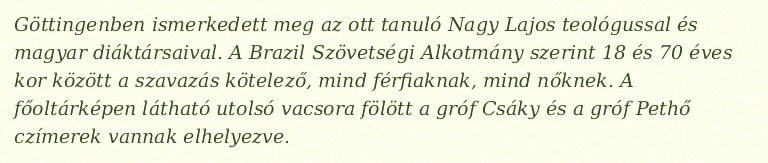
Göttingenben ismerkedett meg az ott tanuló Nagy Lajos teológussal és magyar diáktársaival. A Brazil Szövetségi Alkotmány szerint 18 és 70 éves kor között a szavazás kötelező, mind férfiaknak, mind nőknek. A főoltárképen látható utolsó vacsora fölött a gróf Csáky és a gróf Pethő czímerek vannak elhelyezve.